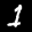
Label: 1